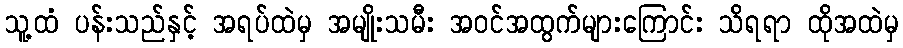
သူ့ထံ ပန်းသည်နှင့် အရပ်ထဲမှ အမျိုးသမီး အဝင်အထွက်များကြောင်း သိရရာ ထိုအထဲမှ